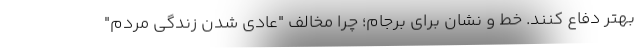
بهتر دفاع کنند. خط و نشان برای برجام؛ چرا مخالف "عادی شدن زندگی مردم"